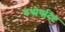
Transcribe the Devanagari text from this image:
यथोपदिष्ट